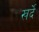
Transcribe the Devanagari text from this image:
खर्दे